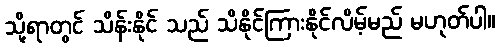
သို့ရာတွင် သိန်းနိုင် သည် သိနိုင်ကြားနိုင်လိမ့်မည် မဟုတ်ပါ။